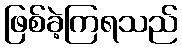
ဖြစ်ခဲ့ကြရသည်